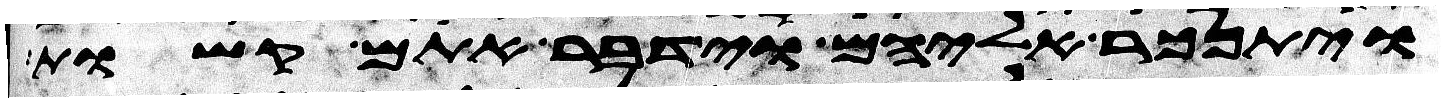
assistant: ויתנכר אליהם וידבר אתם קשות